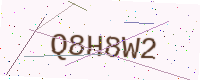
Text: Q8H8W2